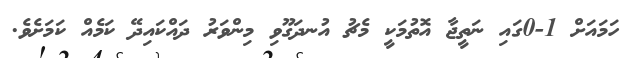
ހަމައަށް 1-0ގައި ނަތީޖާ އޮތުމަކީ މެޗު އުނދަގޫވި މިންވަރު ދައްކައިދޭ ކަމެއް ކަމަށެވެ.